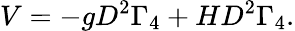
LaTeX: V=-gD^{2}\Gamma_{4}+HD^{2}\Gamma_{4}.